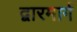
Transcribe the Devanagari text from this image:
द्वारमार्ग